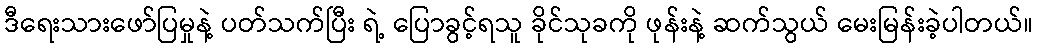
ဒီရေးသားဖော်ပြမှုနဲ့ ပတ်သက်ပြီး ရဲ့ ပြောခွင့်ရသူ ခိုင်သုခကို ဖုန်းနဲ့ ဆက်သွယ် မေးမြန်းခဲ့ပါတယ်။